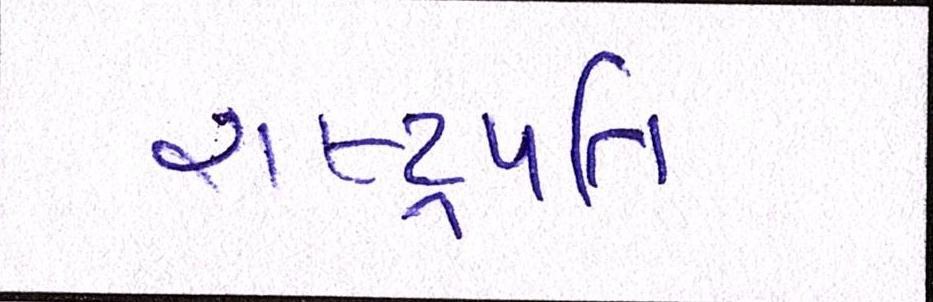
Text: રાષ્ટ્રપતિ